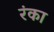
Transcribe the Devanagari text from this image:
रंका